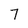
Character: 7